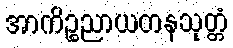
အာကိဉ္စညာယတနသုတ္တံ